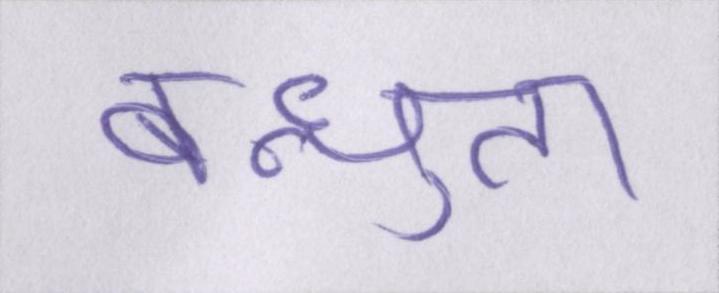
बन्धुता